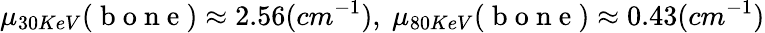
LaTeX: \mu_{30KeV}(\mathrm{~b~o~n~e~})\approx 2.56(cm^{-1}),~\mu_{80KeV}(\mathrm{~b~o~n~e~})\approx 0.43(cm^{-1})